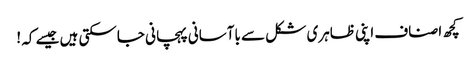
کچھ اصناف اپنی ظاہری شکل سے باآسانی پہچانی جاسکتی ہیں جیسے کہ !